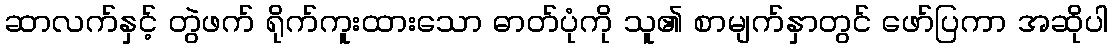
ဆာလက်နှင့် တွဲဖက် ရိုက်ကူးထားသော ဓာတ်ပုံကို သူ၏ စာမျက်နှာတွင် ဖော်ပြကာ အဆိုပါ